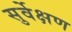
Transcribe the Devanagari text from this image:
सुर्वेक्षण